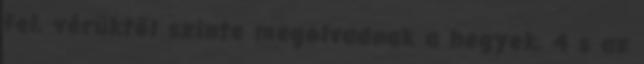
fel, vérüktől szinte megolvadnak a hegyek, 4 s az